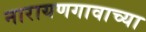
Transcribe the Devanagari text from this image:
नारायणगावाच्या